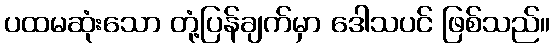
ပထမဆုံးသော တုံ့ပြန်ချက်မှာ ဒေါသပင် ဖြစ်သည်။